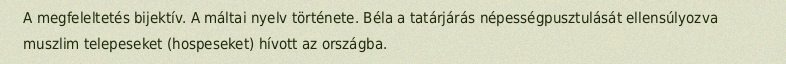
A megfeleltetés bijektív. A máltai nyelv története. Béla a tatárjárás népességpusztulását ellensúlyozva muszlim telepeseket (hospeseket) hívott az országba.